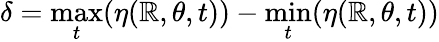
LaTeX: \delta=\operatorname*{max}_{t}(\eta(\mathbb{R},\theta,t))-\operatorname*{min}_{t}(\eta(\mathbb{R},\theta,t))